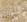
لتوه